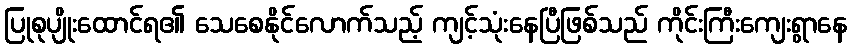
ပြုစုပျိုးထောင်ရ၏ သေစေနိုင်လောက်သည့် ကျင့်သုံးနေပြီဖြစ်သည် ကိုင်းကြီးကျေးရွာနေ